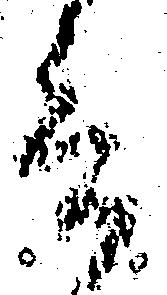
言